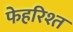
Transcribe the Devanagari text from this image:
फेहरिश्त